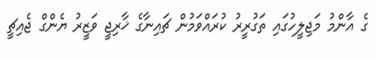
ގެ އާންމު މަޖިލީހުގައި ތަގުރީރު ކުރައްވަމުން ޗައިނާގެ ޚާރިޖީ ވަޒީރު ޔެންގް ޖެއިޗީ